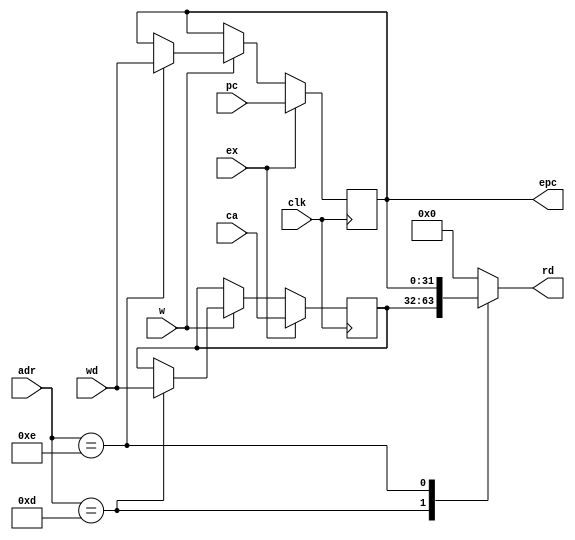
module CP0(
  input clk, w, ex,
  input [4:0] adr,
  input [31:0] pc, ca, wd,
  output reg [31:0] rd, epc
);

reg [31:0] cause;

initial begin
  epc = 0;
  cause = 0;
end

always @ (adr) begin
  case (adr)
    13: rd = cause;
    14: rd = epc;
    default: rd = 0;
  endcase
end

always @ (posedge clk) begin
  if (ex) begin
    cause <= ca;
    epc <= pc;
  end else if (w)
    case (adr)
      13: cause <= wd;
      14: epc <= wd;
    endcase
end

endmodule


module CP0CU(
  input ov, dz, sys, brk,
  output ex,
  output reg [31:0] ca
);

assign ex = ov | dz | sys | brk;

always @ (ex) begin
  if (ex != 1) ca = 'bx;
  else
    ca = 0;
    if (dz) ca[6:2] = 15; // Divide by zero
    else if (ov) ca[6:2] = 12; // Arithmetic overflow
    else if (sys) ca[6:2] = 8; // Syscall
    else if (brk) ca[6:2] = 9; // Breakpoint
    else ca = 'bx;
end

endmodule